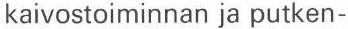
kaivostoiminnan ja putken-